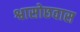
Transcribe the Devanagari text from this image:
श्वासोछवास